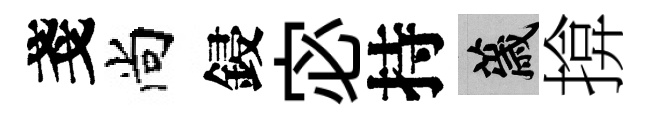
戔尚鋟宓持薉揜